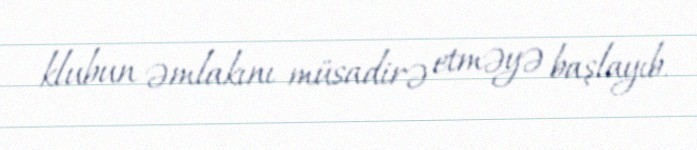
klubun əmlakını müsadirə etməyə başlayıb.